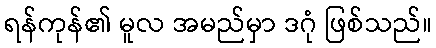
ရန်ကုန်၏ မူလ အမည်မှာ ဒဂုံ ဖြစ်သည်။